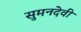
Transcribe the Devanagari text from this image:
सुमनदेवी